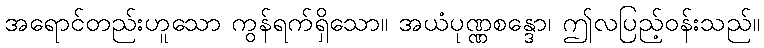
အရောင်တည်းဟူသော ကွန်ရက်ရှိသော။ အယံပုဏ္ဏစန္ဒော၊ ဤလပြည့်ဝန်းသည်။